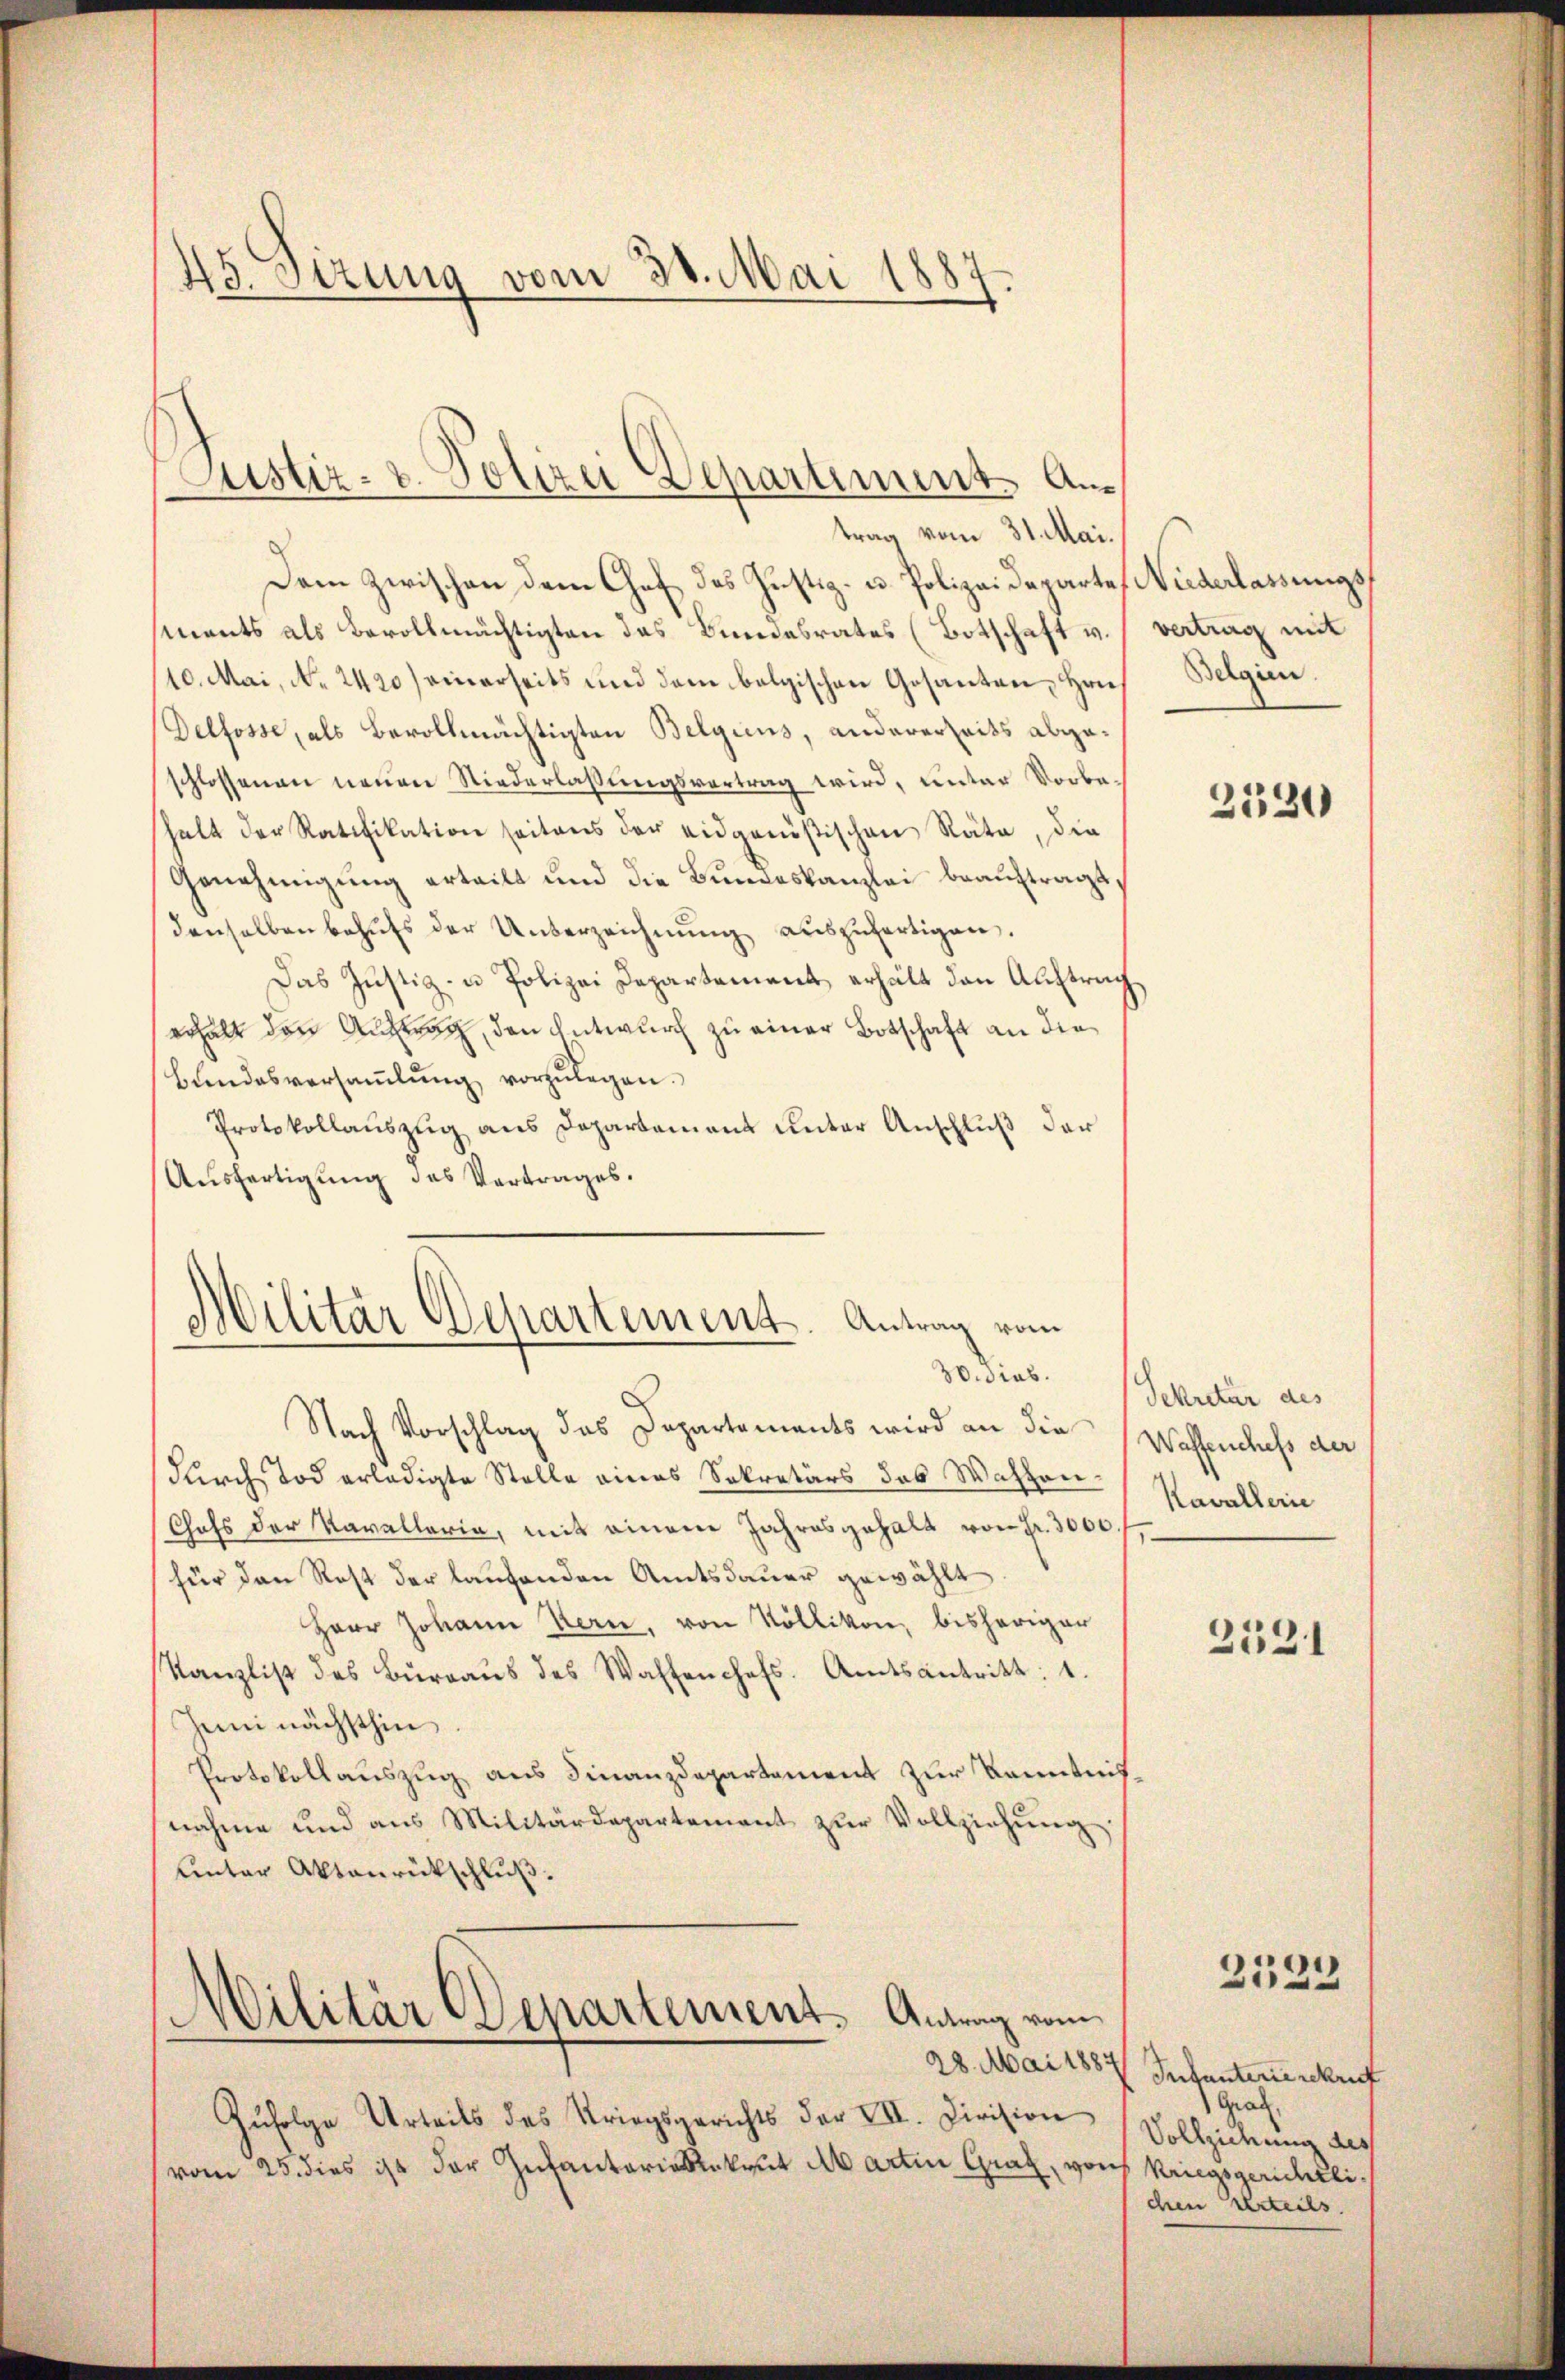
trag vom 31. Mai.
Dem zwischen dem Chef das Justiz- u. Polizeideparte, Niederlassungssments als Bevollmächtigten das Bundesrates (Botschaft v. / vertrag mit
10. Mai, No. 2420) einerseits und dem belgischen Gesanten, Hrn.
Delfosse, als Bevollmächtigten Belgicus, andererseits abgeschlossenen neuen Niederlassungsvertrag wird, unter Vorbehalt der Ratifikation seitens der eidgenößischen Räte, die
Genehmigung erteilt und die Bundeskanzlei beauftragt,
denselben behŭfs der Unterzeichnŭng aŭszŭfertigen,
Das Justiz- u Polizei Departement erhält den Auftrag
erhalt den Anstag, den Entwurf zu einer Botschaft an die
Bundesversaṁlŭng vorzulegen.
Protokollaŭszŭg ans Departament unter Anschlŭβ der
Ausfertigung des Vertrages.

45. Sitzung vom 30. Mai 1887

Justiz- u. Polizei Departiment An¬

Militär Departement. Antrag vom
30. dies.

Nach Vorschlag das Departements wird an die
durch Tod erledigte Stelle eines Sekretärs das Waffen¬
Chofs der Kavallaria, mit einem Jahresgehalt von Fr. 3000.
für den Rost der laufenden Amtsdauer gewählt
Herr Johann Kern, von Köllikon, bisheriger
Kanzlist des Bŭraŭs des Waffenchefs. Amtsantritt: 1.
Juni nächsthin
Protokollauszug aus Finanzdepartement zur Kenntnisnahme und aus Militärdepartement zŭr Vollziehŭng
unter Aktenrückschluß.
Militär Departement. Antrag vom
28. Mai 1884
Zŭfolge Urteils des Striegsgerichts der VII. Division
vom 25. dies ist der Infantarialekrut ab artin Graz, vor Kriegsgerichtli¬

Belgien.

2330

Sekretär des
Wassenschefs der
Kavallerie

2521

2123

Infanterieschrif
Grad
Vollziehung des
chen Urteils.